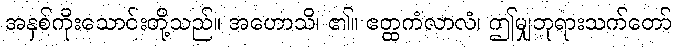
အနှစ်ကိုးသောင်းတို့သည်။ အဟောသိ၊ ၏။ ဧတ္ထကံလာလံ၊ ဤမျှဘုရားသက်တော်